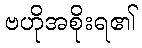
ဗဟိုအစိုးရ၏